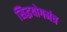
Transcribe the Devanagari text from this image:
सिद्धयोगमंत्र